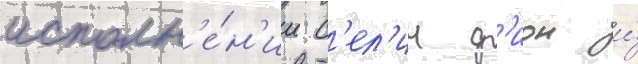
исполн'е́н'ии с'ел'ин д'ион и́